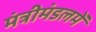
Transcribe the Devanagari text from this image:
मंत्रीमंडलमें